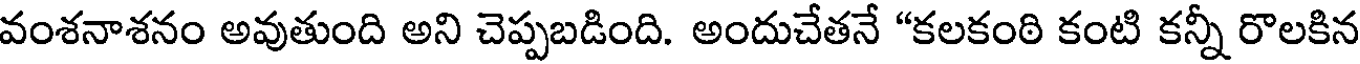
వంశనాశనం అవుతుంది అని చెప్పబడింది. అందుచేతనే "కలకంఠి కంటి కన్నీ రొలకిన